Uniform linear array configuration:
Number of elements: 64
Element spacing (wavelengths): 1
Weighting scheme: exponential
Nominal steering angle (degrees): -45
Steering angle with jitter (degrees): -45.671
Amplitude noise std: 0.05
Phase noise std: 0.05

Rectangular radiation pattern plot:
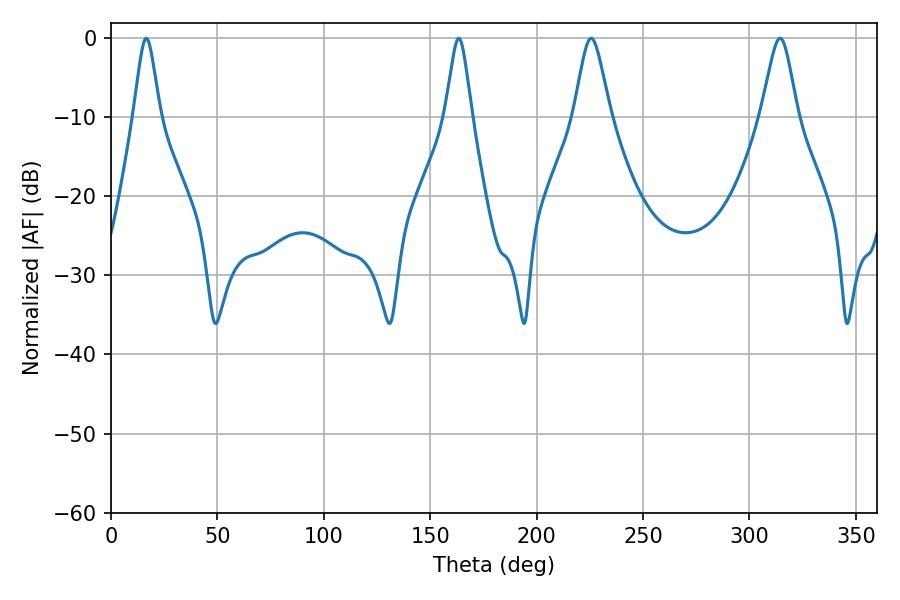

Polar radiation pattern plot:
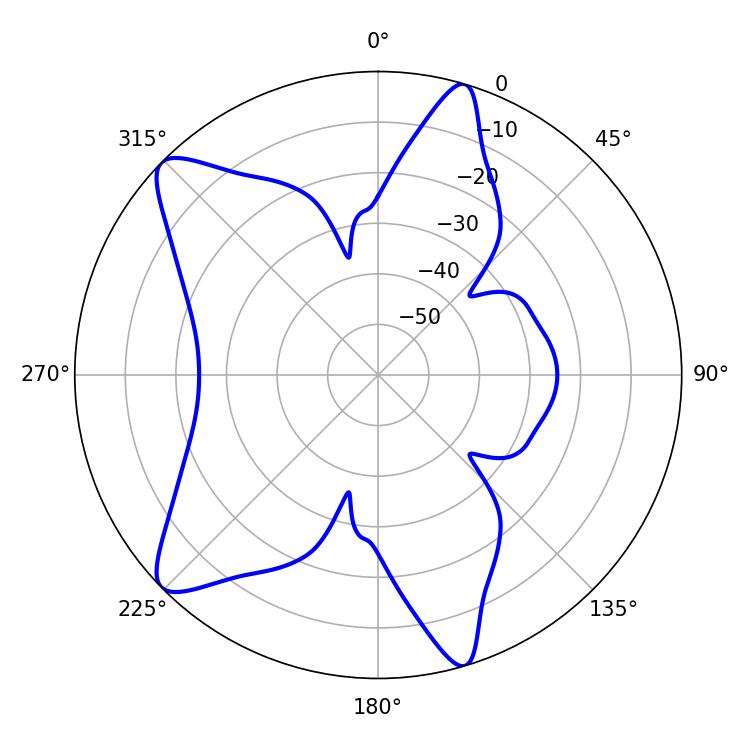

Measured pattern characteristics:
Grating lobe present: TRUE
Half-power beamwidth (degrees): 5.94
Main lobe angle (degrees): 16.56